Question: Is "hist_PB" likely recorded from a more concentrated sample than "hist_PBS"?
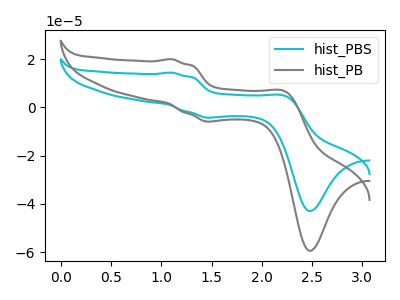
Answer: <think>The cyan curve "hist_PBS" has anodic peaks at (1.10V, 14.50uA) (2.25V, 4.75uA) and cathodic peaks at (1.50V, -4.20uA) (2.50V, -43.00uA). The gray curve "hist_PB" has anodic peaks at (1.10V, 20.05uA) (2.25V, 6.55uA) and cathodic peaks at (1.50V, -5.85uA) (2.50V, -59.50uA).
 All the peaks in "hist_PB" have a peak in "hist_PBS" at the same potential. Every peak in "hist_PB" is higher than every peak in "hist_PBS".</think>
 <answer>"hist_PB" has more signal than "hist_PBS".</answer>
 <eval>more_signal</eval>